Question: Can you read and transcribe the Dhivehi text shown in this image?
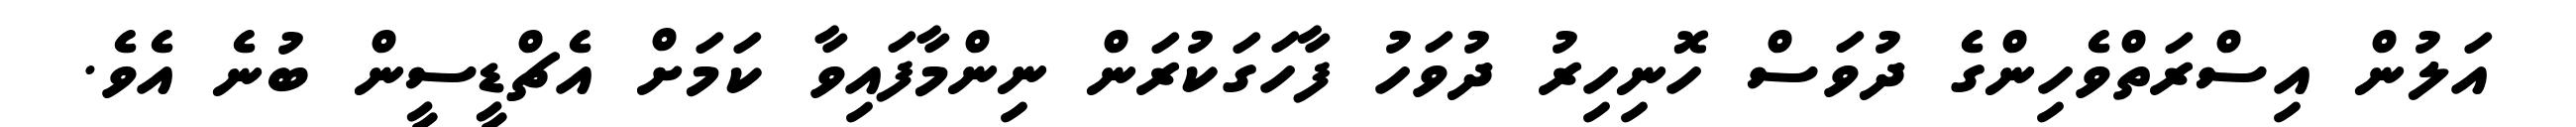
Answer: އަލުން އިސްރަތްވެހިންގެ ދުވަސް ހޮނިހިރު ދުވަހު ފާހަގަކުރަން ނިންމާފައިވާ ކަމަށް އެޗްޑީސީން ބުނެ އެވެ.